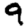
Digit: 9